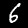
Label: 6